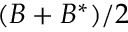
( B + B ^ { * } ) / 2